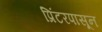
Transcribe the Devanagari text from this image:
प्रिंटरपासून